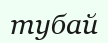
тубай